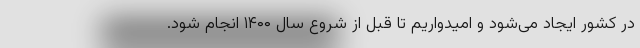
در کشور ایجاد می‌شود و امیدواریم تا قبل از شروع سال ۱۴۰۰ انجام شود.